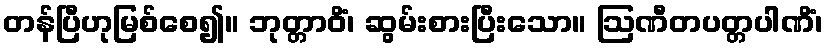
တန်ပြီဟုမြစ်စေ၍။ ဘုတ္တာဝိံ၊ ဆွမ်းစားပြီးသော။ ဩဏီတပတ္တပါဏိံ၊